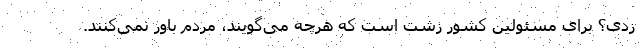
زدی؟ برای مسئولین کشور زشت است که هرچه می‌گویند، مردم باور نمی‌کنند.